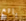
بائع